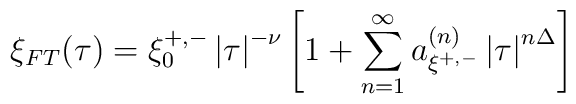
\xi _{FT}(\tau )=\xi _{0}^{+,-}\left| \tau \right| ^{-\nu }\left[1+\sum_{n=1}^{\infty }a_{\xi ^{+,-}}^{\left( n\right) }\left| \tau \right|^{n\Delta }\right]